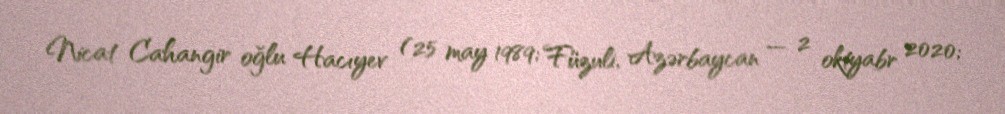
Nicat Cahangir oğlu Hacıyev (25 may 1989; Füzuli, Azərbaycan — 2 oktyabr 2020;